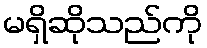
မရှိဆိုသည်ကို